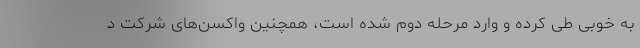
به خوبی طی کرده و وارد مرحله دوم شده است، همچنین واکسن‌های شرکت د